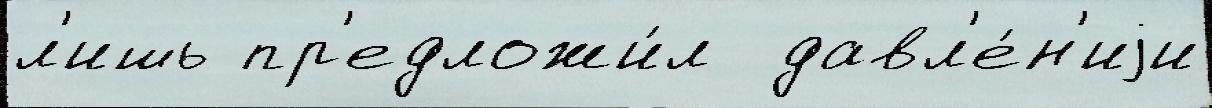
л'ишь пр'едложи́л  давл'е́н'иjи